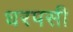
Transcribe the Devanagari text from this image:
धरपसी